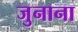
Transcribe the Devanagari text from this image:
जुनाना